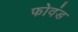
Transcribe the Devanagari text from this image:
फोवंड